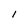
Character: l